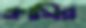
ক্লাসির